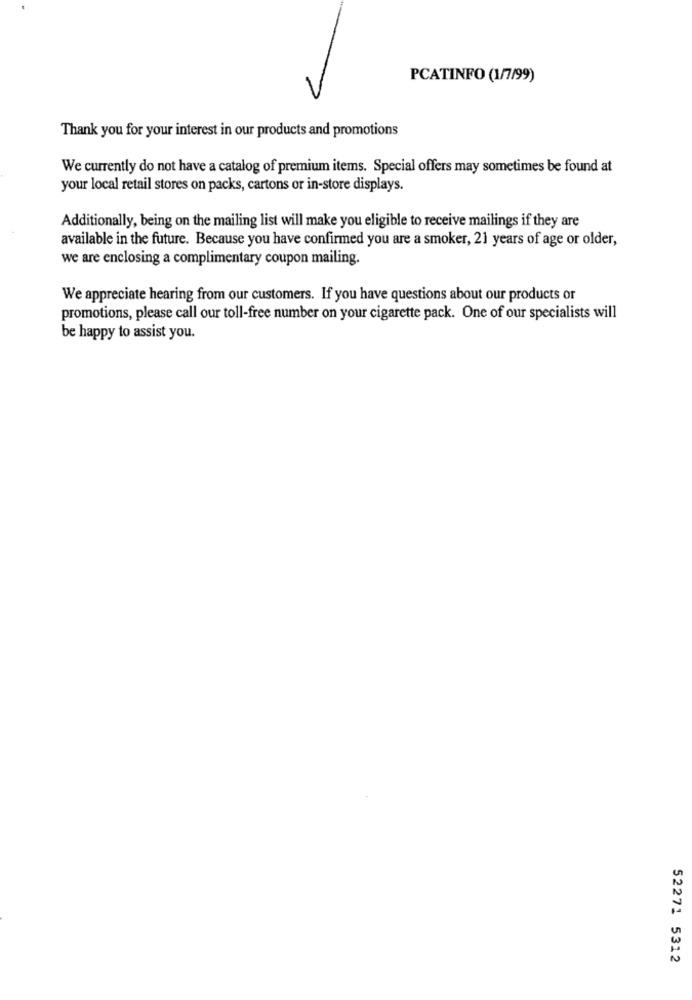
PCATINFO (1/7/99)
Thank you for your interest in our products and promotions
We currently do not have a catalog of premium items. Special offers may sometimes be found at
your local retail stores on packs, cartons or in-store displays.
Additionally, being on the mailing list will make you eligible to receive mailings if they are
available in the future. Because you have confirmed you are a smoker, 21 years of age or older,
we are enclosing a complimentary coupon mailing.
We appreciate hearing from our customers. If you have questions about our products or
promotions, please call our toll-free number on your cigarette pack. One of our specialists will
be happy to assist you.
52271 5312